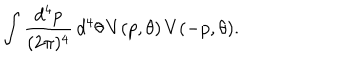
\int \frac { d ^ { 4 } p } { ( 2 \pi ) ^ { 4 } } \, d ^ { 4 } \theta \, V ( p , \theta ) \, V ( - p , \theta ) .